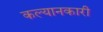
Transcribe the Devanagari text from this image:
कल्यानकारी